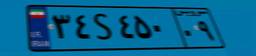
۳۴S۴۵۰۰۹